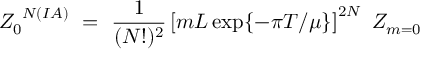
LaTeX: Z _ { 0 } ^ { ~ N ( I A ) } ~ = ~ \frac { 1 } { ( N ! ) ^ { 2 } } \left[ m L \exp \{ - \pi T / \mu \} \right] ^ { 2 N } ~ Z _ { m = 0 }